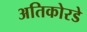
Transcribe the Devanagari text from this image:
अतिकोरडे